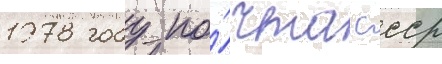
1978 году по́чта ссср